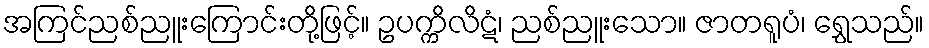
အကြင်ညစ်ညူးကြောင်းတို့ဖြင့်။ ဥပက္ကိလိဋံ၊ ညစ်ညူးသော။ ဇာတရူပံ၊ ရွှေသည်။